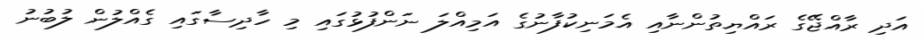
އަދި ރާއްޖޭގެ ރައްޔިތުންނާއި އެމަނިކުފާނުގެ އަމިއްލަ ނަންފުޅުގައި މި ހާދިސާގައި ގެއްލުން ލުބުނު